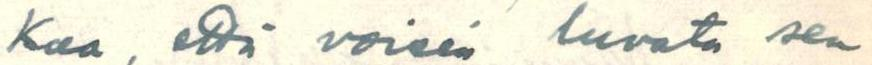
kaa, että voisin luvata sen